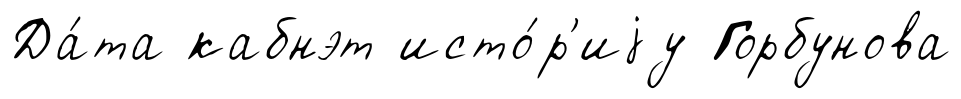
Да́та кабнэт исто́р'иjу Горбунова